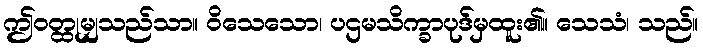
ဤဝတ္ထုမျှသည်သာ။ ဝိသေသော၊ ပဌမသိက္ခာပုဒ်မှထူး၏။ သေသံ၊ သည်။